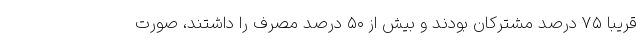
قریباً ۷۵ درصد مشترکان بودند و بیش از ۵۰ درصد مصرف را داشتند، صورت